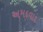
અમદવાદ